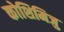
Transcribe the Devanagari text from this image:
कोशिमिजु